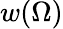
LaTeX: w(\Omega)